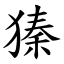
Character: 獉